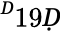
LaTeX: ^Ḋ19Ḍ